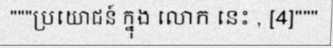
"""ប្រយោជន៍ ក្នុង លោក នេះ , [4]"""